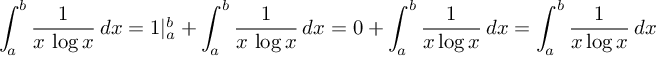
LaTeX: \int _ { a } ^ { b } { \frac { 1 } { x \, \log x } } \, d x = 1 | _ { a } ^ { b } + \int _ { a } ^ { b } { \frac { 1 } { x \, \log x } } \, d x = 0 + \int _ { a } ^ { b } { \frac { 1 } { x \log x } } \, d x = \int _ { a } ^ { b } { \frac { 1 } { x \log x } } \, d x